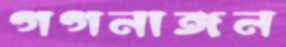
গগনাঙ্গন